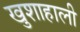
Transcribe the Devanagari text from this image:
खुशाहाली